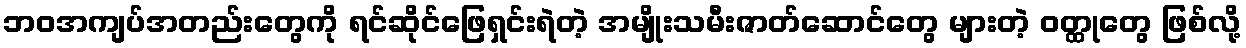
ဘဝအကျပ်အတည်းတွေကို ရင်ဆိုင်ဖြေရှင်းရဲတဲ့ အမျိုးသမီးဇာတ်ဆောင်တွေ များတဲ့ ဝတ္ထုတွေ ဖြစ်လို့